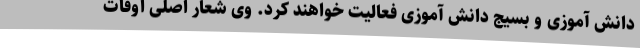
دانش آموزی و بسیج دانش آموزی فعالیت خواهند کرد. وی شعار اصلی اوقات